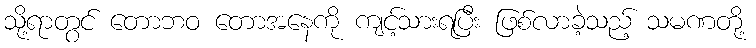
သို့ရာတွင် တောဘဝ တောအနေကို ကျင့်သားရပြီး ဖြစ်လာခဲ့သည့် သမဏတို့